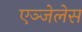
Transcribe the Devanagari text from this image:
एञ्जेलेस